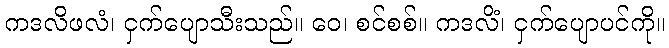
ကဒလိဖလံ၊ ငှက်ပျောသီးသည်။ ဝေ၊ စင်စစ်။ ကဒလိံ၊ ငှက်ပျောပင်ကို။